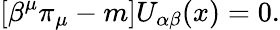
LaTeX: \lbrack\beta^{\mu}\pi_{\mu}-m]U_{\alpha\beta}(x)=0.